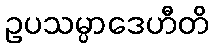
ဥပသမ္ပာဒေဟီတိ